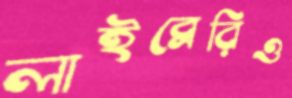
লাইব্রেরিও